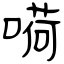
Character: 嗬